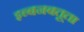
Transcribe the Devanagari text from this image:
इब्बनबतूता